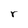
Character: r